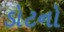
ડોટનો